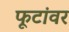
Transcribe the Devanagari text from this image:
फूटांवर